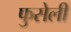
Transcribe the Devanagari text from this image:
फुसेली